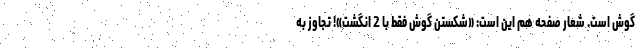
گوش است. شعار صفحه هم این است: «شکستن گوش فقط با 2 انگشت»! تجاوز به